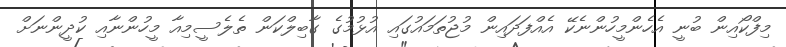
މިފްކޯއިން ބުނީ އެހެންމީހުންނެކޭ އެއްފަދައިން މުޖުތަމައުގައި އުޅުމުގެ ގާބިލްކަން ތެލެސީމިއާ މީހުންނާއި ކުދީންނަށް